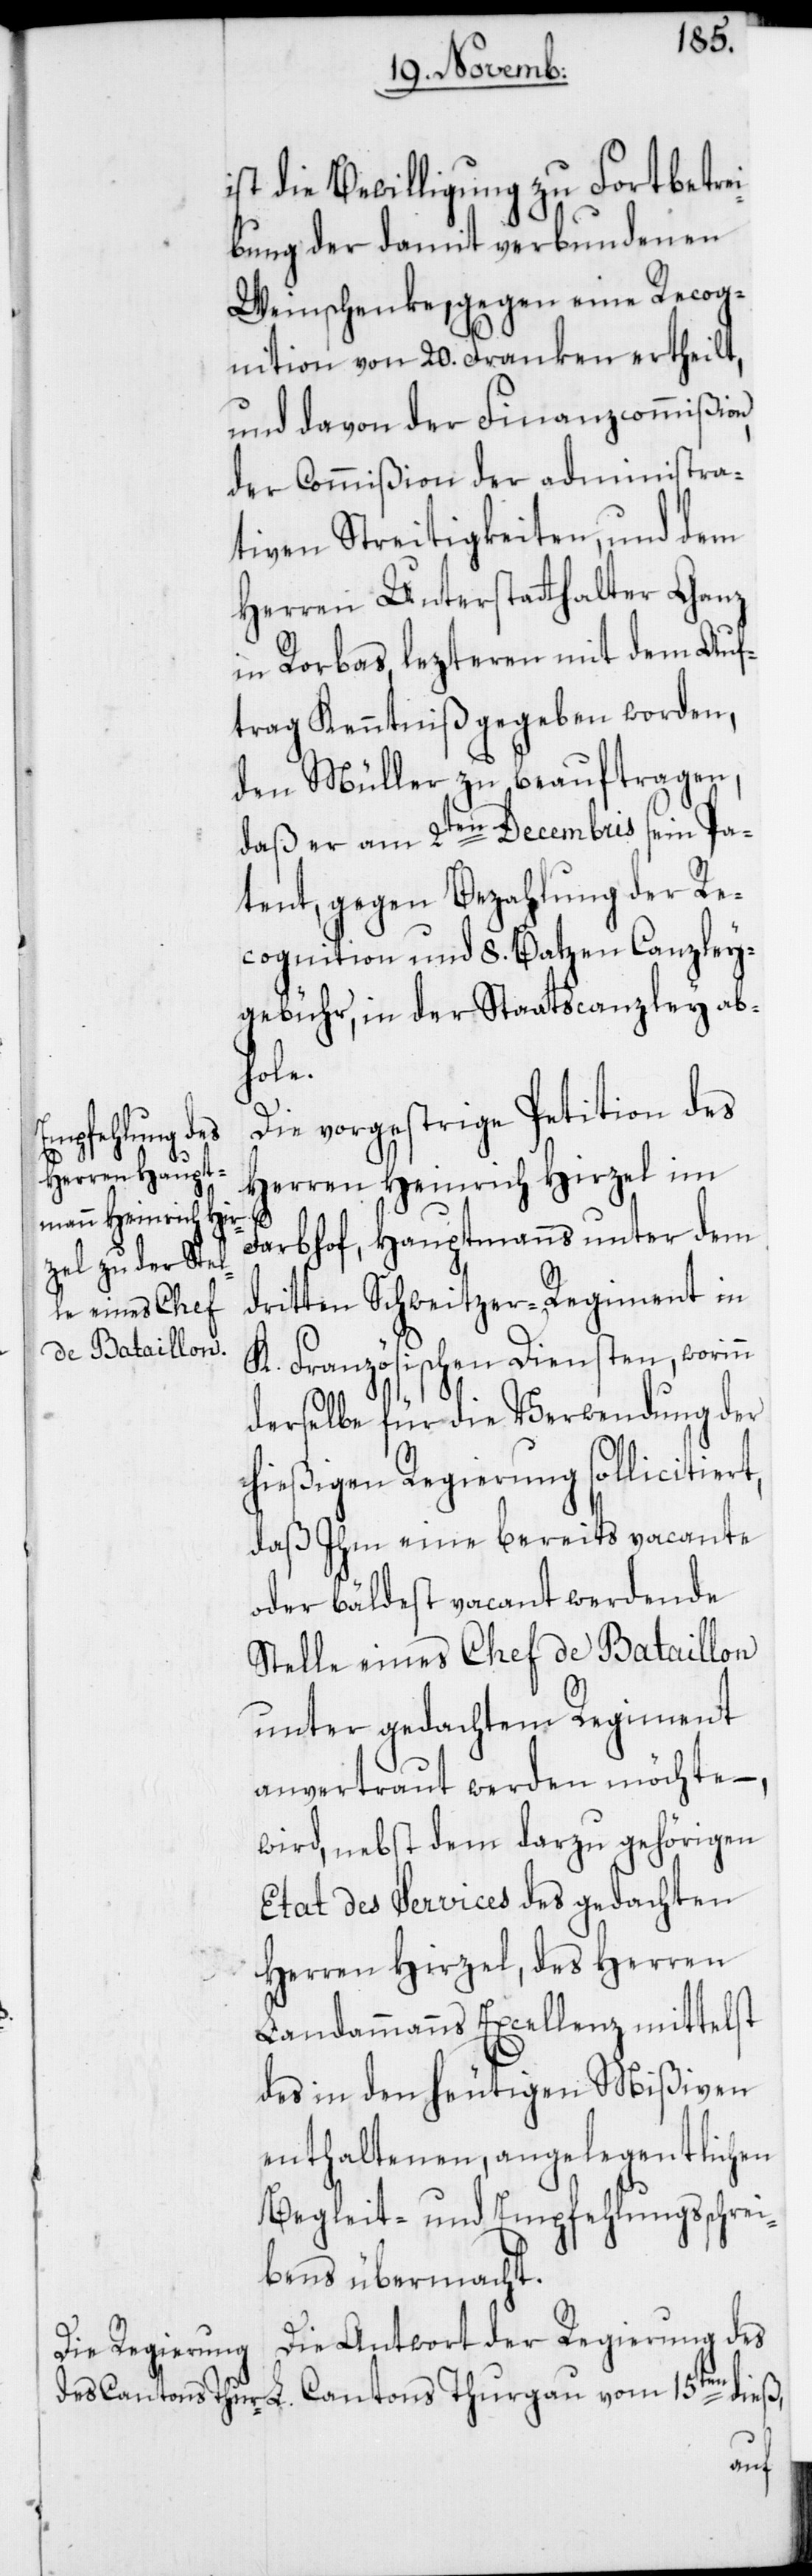
ist die Bewilligung zu Fortbetrei¬
bung der damit verbundenen
Weinschenke, gegen eine Recog¬
nition von 20. Franken ertheilt,
und davon der Finanzcommißion,
der Commißion der administra¬
tiven Streitigkeiten, und dem
Herren Unterstatthalter Ganz
in Rorbas, lezteren mit dem Auf¬
trag Kenntniß gegeben worden,
den Müller zu beauftragen,
daß er am 2ten Decembris sein Pa¬
tent, gegen Bezahlung der Re¬
cognition und 8. Batzen Canzley¬
gebühr, in der Staatscanzley ab¬
Thurg¬
Die vorgestrige Petition des
Herren Heinrich Hirzel im
Farbhof, Hauptmanns unter dem
dritten Schweitzer-Regiment in
K. Französischen Diensten, worinn
derselbe für die Verwendung der
hießigen Regierung sollicitiert,
daß Ihm eine bereits vacante
oder bäldest vacant werdende
Stelle eines Chef de Bataillon
unter gedachtem Regiment
anvertraut werden möchte –,
wird, nebst dem darzu gehörigen
Etat des Services des gedachten
Herren Hirzel, des Herren
Landammanns Excellenz mittelst
des in den heutigen Mißiven
enthaltenen, angelegentlichen
Begleit- und Empfehlungsschrei¬
bens übermacht.
Die Antwort der Regierung des
au